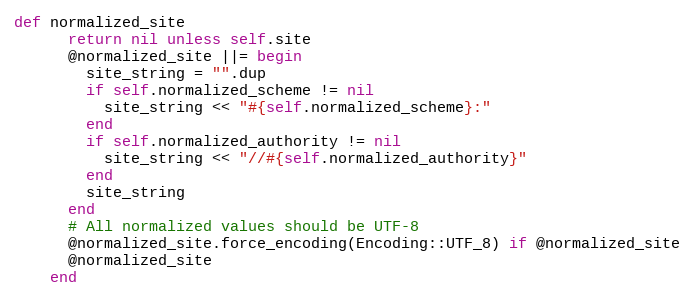
Language: Ruby
def normalized_site
      return nil unless self.site
      @normalized_site ||= begin
        site_string = "".dup
        if self.normalized_scheme != nil
          site_string << "#{self.normalized_scheme}:"
        end
        if self.normalized_authority != nil
          site_string << "//#{self.normalized_authority}"
        end
        site_string
      end
      # All normalized values should be UTF-8
      @normalized_site.force_encoding(Encoding::UTF_8) if @normalized_site
      @normalized_site
    end